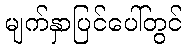
မျက်နှာပြင်ပေါ်တွင်